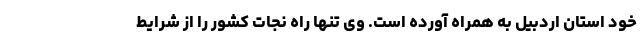
خود استان اردبیل به همراه آورده است. وی تنها راه نجات کشور را از شرایط